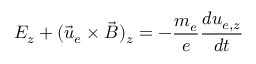
E _ { z } + ( \vec { u } _ { e } \times \vec { B } ) _ { z } = - \frac { m _ { e } } { e } \frac { d u _ { e , z } } { d t }